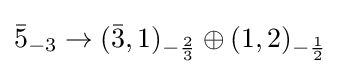
{\bar {5}}_{-3}\to ({\bar {3}},1)_{-{\frac {2}{3}}}\oplus (1,2)_{-{\frac {1}{2}}}